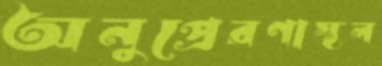
অনুপ্রেরণাস্থল